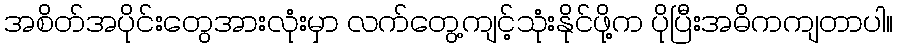
အစိတ်အပိုင်းတွေအားလုံးမှာ လက်တွေ့ကျင့်သုံးနိုင်ဖို့က ပိုပြီးအဓိကကျတာပါ။